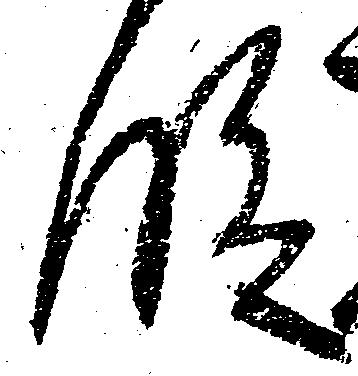
段